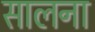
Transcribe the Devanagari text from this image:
सालना